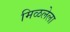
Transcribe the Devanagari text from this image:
मिळलेला